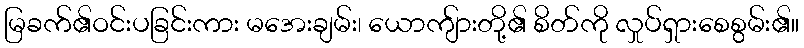
မြခက်၏ဝင်းပခြင်းကား မအေးချမ်း၊ ယောကျ်ားတို့၏ စိတ်ကို လှုပ်ရှားစေစွမ်း၏။